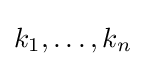
{\textstyle k_{1},\ldots ,k_{n}}